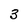
Character: 3